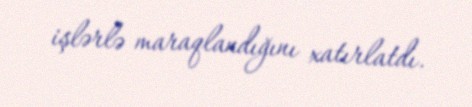
işlərlə maraqlandığını xatırlatdı.